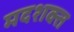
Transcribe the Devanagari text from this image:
मदशक्त